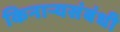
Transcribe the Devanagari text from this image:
किनार्‍यसंबंधी